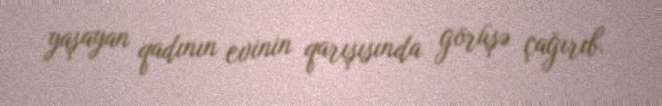
yaşayan qadının evinin qarışısında görüşə çağırıb.